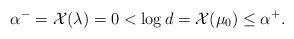
LaTeX: \begin{align*}\alpha^-= \mathcal{X}(\lambda) = 0< \log d= \mathcal{X}(\mu_0)\leq \alpha^+.\end{align*}